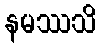
နမဿသိ